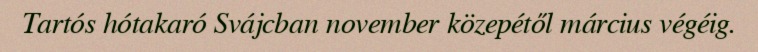
Tartós hótakaró Svájcban november közepétől március végéig.